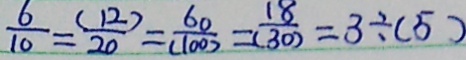
\frac { 6 } { 1 0 } = \frac { ( 1 2 ) } { 2 0 } = \frac { 6 0 } { ( 1 0 0 ) } = \frac { 1 8 } { ( 3 0 ) } = 3 \div ( 5 )